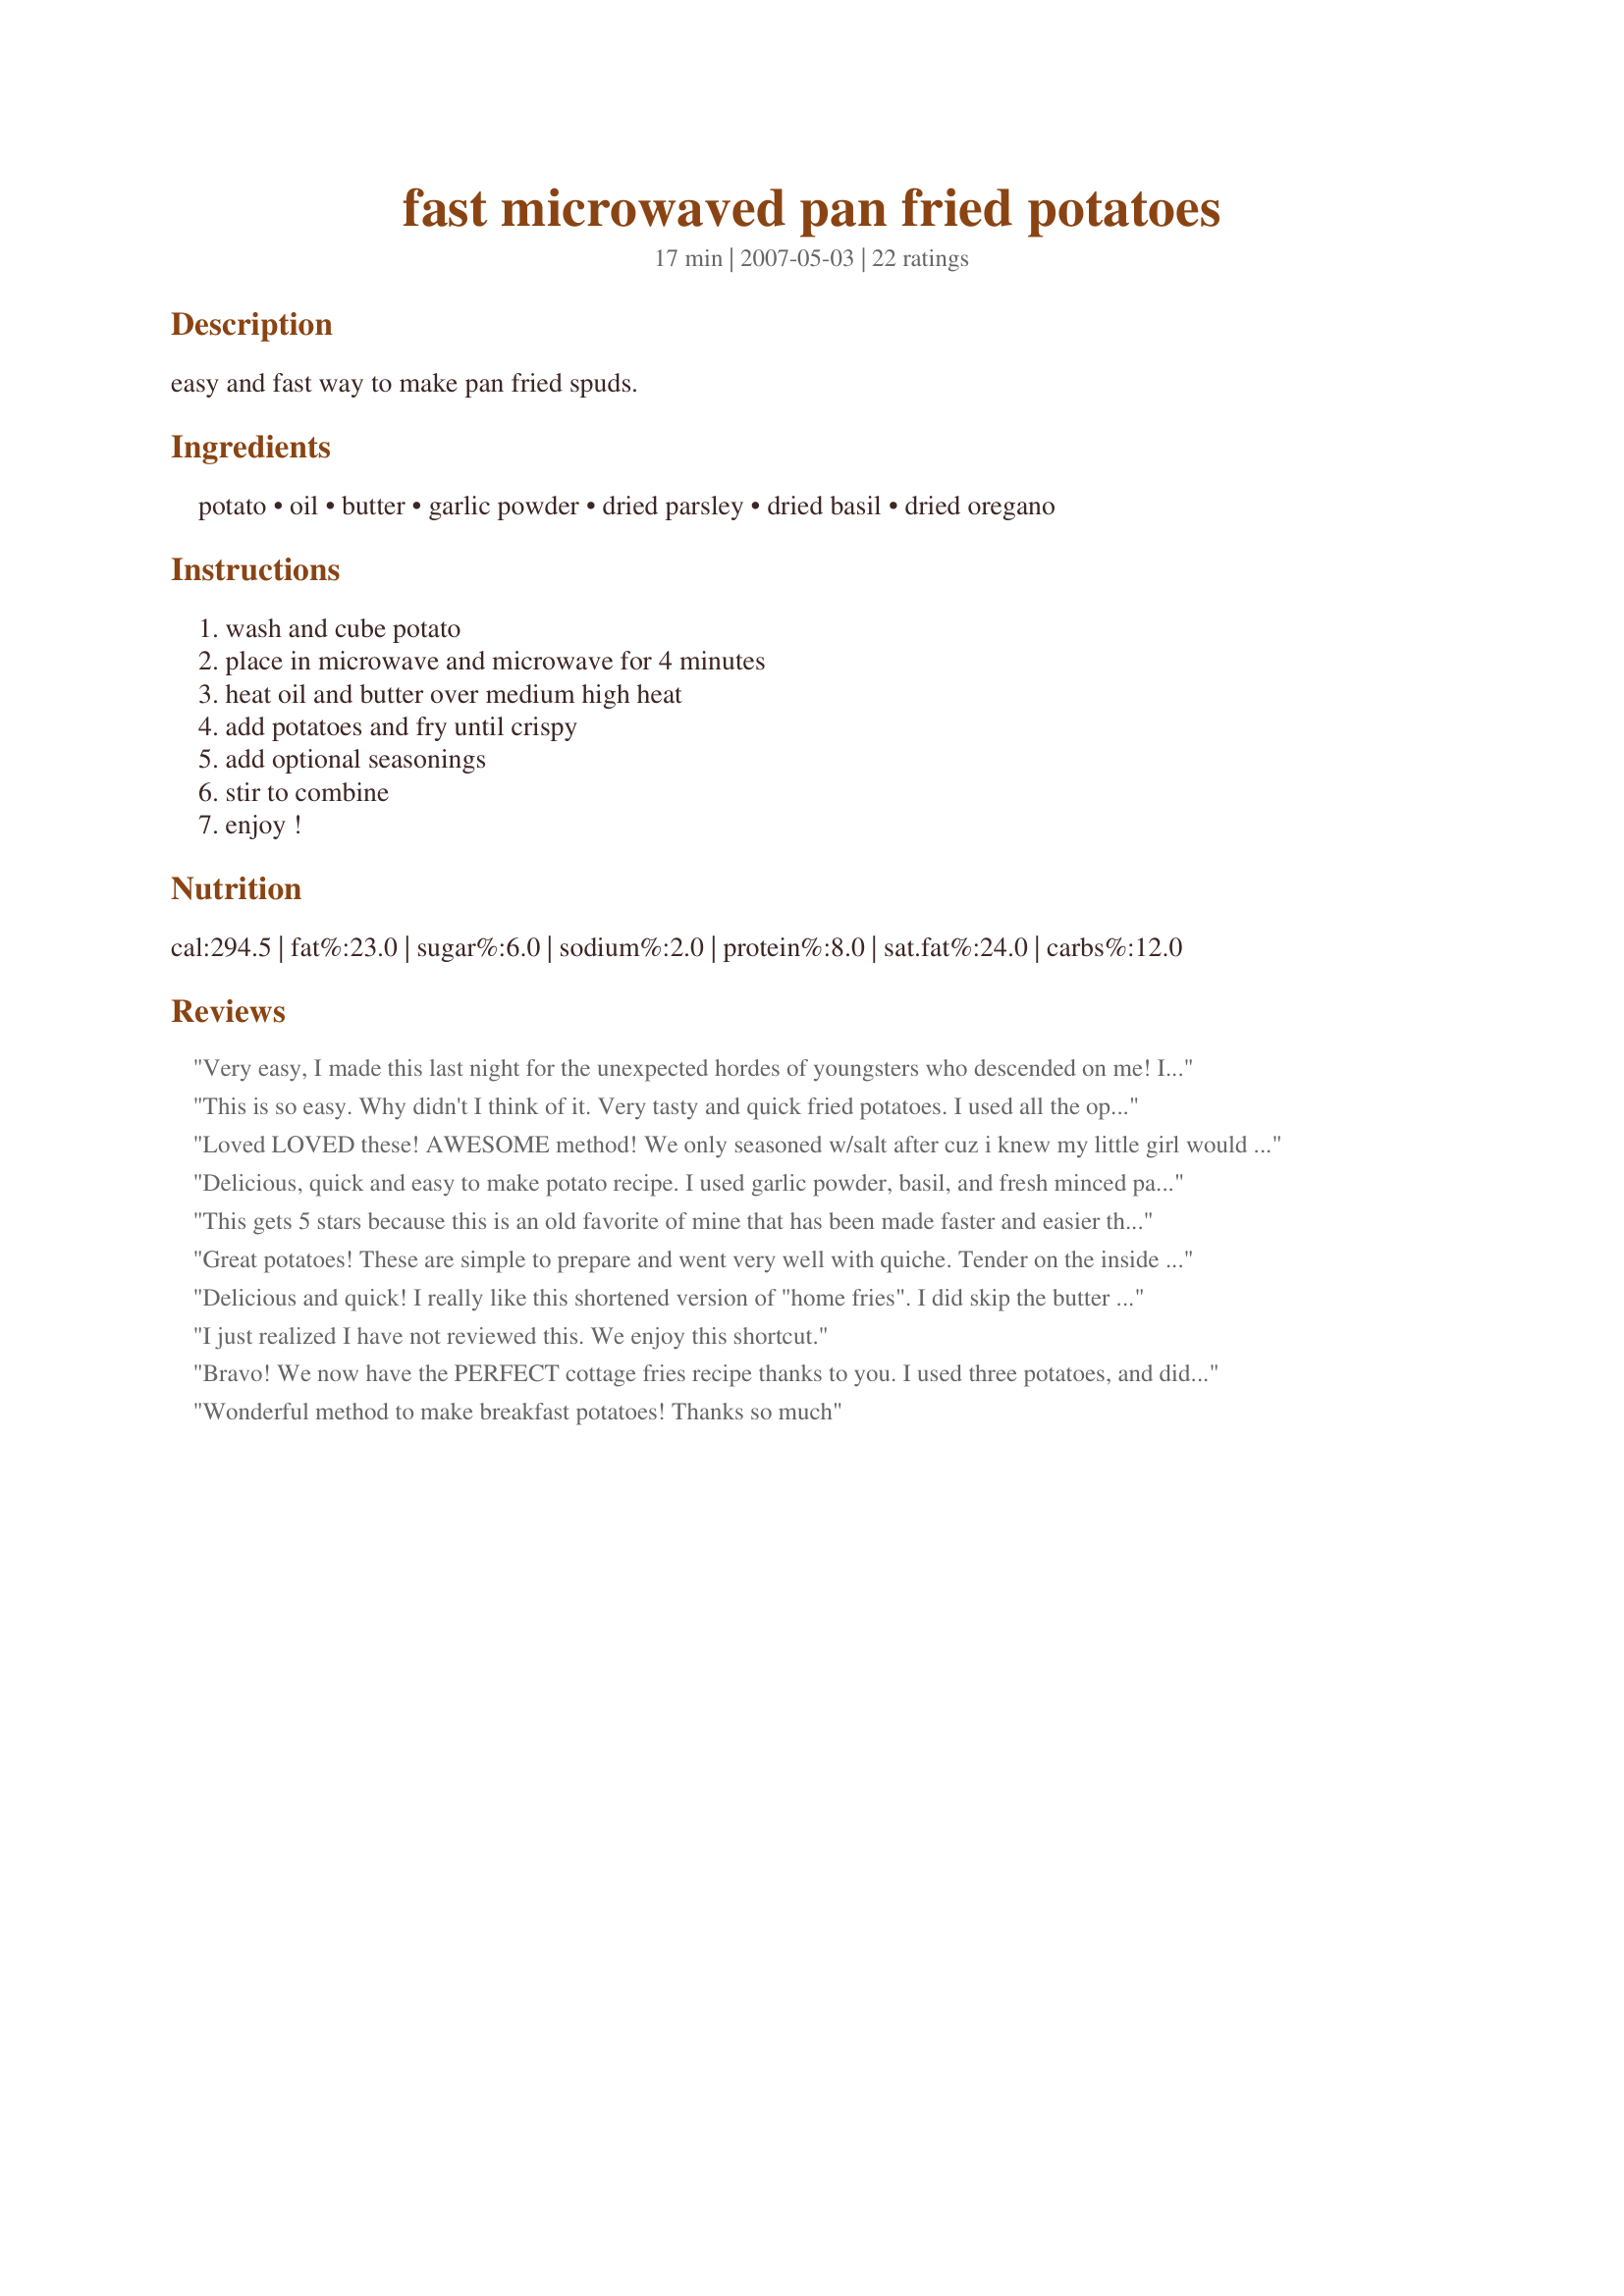
fast microwaved pan fried potatoes
Preparation time: 17 minutes

easy and fast way to make pan fried spuds.

Ingredients:
potato, oil, butter, garlic powder, dried parsley, dried basil, dried oregano

Steps:
wash and cube potato, place in microwave and microwave for 4 minutes, heat oil and butter over medium high heat, add potatoes and fry until crispy, add optional seasonings, stir to combine, enjoy !

Reviews:
Very easy, I made this last night for the unexpected hordes of youngsters who descended on me!

I did cube them, and cooked as directed, I could have done to crisp them more but the youngsters were hungry!

Delicious! Thanks, Anme!
This is so easy. Why didn't I think of it. Very tasty and quick fried potatoes. I used all the optional herbs except the parsley. DH had to have ketchup on the side. Thanks for posting.
Loved LOVED these! AWESOME method! We only seasoned w/salt after cuz i knew my little girl would want some. Thanks for the great breakfast/dinner food!
Delicious, quick and easy to make potato recipe. I used garlic powder, basil, and fresh minced parsley from my garden, and freshly ground black pepper for the seasonings this time. Potatoes are my favorite food and now I have another yummy recipe to add to my growing collection of zaar favorites. A good side dish for brunch, lunch, or dinner.
This gets 5 stars because this is an old favorite of mine that has been made faster and easier thanks to you, Anme. :) 
I added dried chopped onion and paprika for preference. 
I never thought to pre-cook the potatoes in the microwave. Generally fried potatoes take sometimes 45 minutes in the pan. Great job Anme, thanks for posting.
Great potatoes! These are simple to prepare and went very well with quiche. Tender on the inside with a little crunch on the outside. Thanks Anme for sharing.
Delicious and quick! I really like this shortened version of "home fries". I did skip the butter and switched up the spices, mostly using cumin seeds. Thanks, Anme!
I just realized I have not reviewed this. We enjoy this shortcut.
Bravo! We now have the PERFECT cottage fries recipe thanks to you. I used three potatoes, and didn't add any additional butter or oil,may use even a little less next time. I seasoned lightly with salt, pepper, paprika, garlic powder, dried minced onion and some Penzy's pasta sprinkle.I microwaved for 4 mins., stirred and microwaved for 4 mins. again before browning. I received the highest praises from Hubby who loves fried potatoes. They browned up perfectly and were light and fluffy inside. Thanks so much for sharing this keeper recipe!
Wonderful method to make breakfast potatoes! Thanks so much
This made making fried potatoes faster and easier. Loved the recipe. Will be making fried potatoes like this more often. I made this with Recipe #219761. Which made for a good, quick, cheap dinner tonight.
So easy and so good! Really great when you are cooking for two. I doubled it (just two potatoes) and it was a nice amount. Great for dinner or breakfast. A keeper!
So easy, so tasty.
Yummy! I used canola oil and garlic butter along with the listed spices. Very easy and tasty.
Easy and fast just about says it. I enjoyed these with a bit of cumin, basil, oregano, thyme, garlic salt and pepper. Used a bit less oil and butter. BF enjoyed it too. Had it with a salad topped with cheese for a vegetarian dinner.
We like potatoes without peelings. I allow the potatoes to cool, then peel, slice, and brown in butter in a skillet. I usually season with salt, pepper, or some seasoned salt. Even a little cayenne is good sprinkled on while frying. Thanks for posting this wonderful recipe that I have used for years.
so easy! I'll be making this alot!
A keeper<br/>It works
WOW: all the super-yumminess of panfried potatoes ready in a fraction of the time! I was making potatoes for two and followed Michelle_My_Belle's suggestion of thinly slicing the potatoes instead of cubing them. After heating the butter and oil in step three, I added two cloves of minced garlic (instead of the garlic powder) and I used all the optional herbs as well as rosemary and sage. I also couldn't resist following several earlier reviewers' suggestions of adding some grated cheese - right at the end of the cooking time. Such an easy recipe for even those nights when one arrives home really exhausted. I'll be making these often. Thank you for sharing this recipe, Anme! Made for Chef Alphabet Soup.
This is how I do potatoes all the time!!!! I like topping with a little grated cheddar cheese right at the end when I serve this for breakfast!
Wow, I've always had issues making pan friend potatoes because I don't have the patience to wait that long, and cooking them in the microwave first is much better then slicing canned potatoes lol. I sliced 2 potatoes into slivers, microwaved for 5 minutes in a bowl covered with plastic wrap. Fried them up with just oil, butter, salt and pepper and threw some cheddar cheese on top to go along with the french toast I made for dinner. I will be using this technique often!
Quick and easy! I made 2 potatoes for my mom and I. Microwaved for 7 minutes, tossing after 4 minutes. Fried in a little extra virgin olive oil and some butter spray. I then added garlic powder and dried parsley. I will definitely make these often since I'm not a fan of baked potatoes or French fries, Perfect! Thanks Anme!
